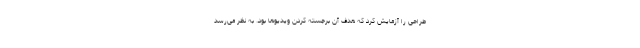
طراحی را آزمایش کرد که هدف آن برجسته کردن ویدیوها بود. به نظر می‌رسد